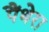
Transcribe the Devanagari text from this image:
पैंथेरा